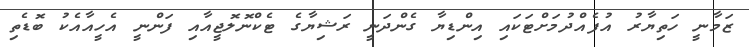
ޒަމާނީ ހަތިޔާރު އުފެއްދުމަށްޓަކައި އިންޑިޔާ ގެންދަނީ ރަޝިޔާގެ ޓެކްނޮލޮޖީއާއި ފަންނީ އެހީއާއެކު ބޮޑެތި